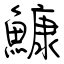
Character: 鱇